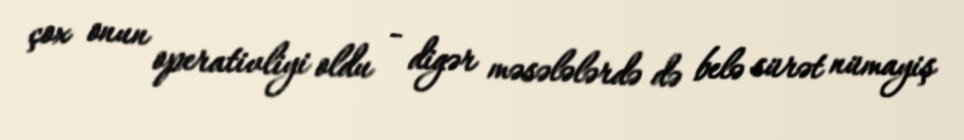
çox onun operativliyi oldu - digər məsələlərdə də belə sürət nümayiş